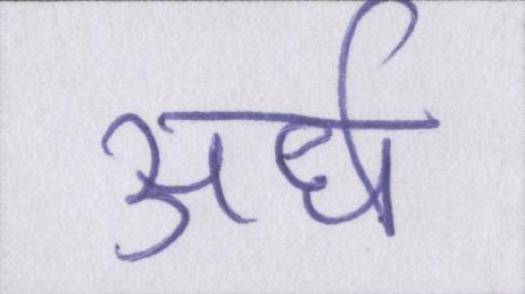
अर्ध